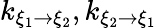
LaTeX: k_{\xi_{1}\rightarrow\xi_{2}},k_{\xi_{2}\rightarrow\xi_{1}}